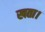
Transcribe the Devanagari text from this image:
खता।